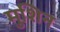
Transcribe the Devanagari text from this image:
मुशिन